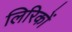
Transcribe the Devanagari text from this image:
लिरिकों